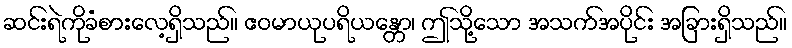
ဆင်းရဲကိုခံစားလေ့ရှိသည်။ ဧဝမာယုပရိယန္တော၊ ဤသို့သော အသက်အပိုင်း အခြားရှိသည်။